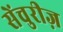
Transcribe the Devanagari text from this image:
सेंचुरीज़